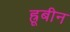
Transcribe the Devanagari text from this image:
ह्रूबीन